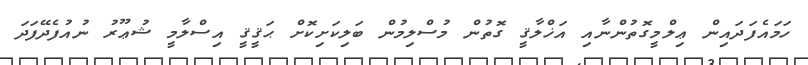
ހަމައެފަދައިން ޢިލްމީގޮތުންނާއި އަޚްލާޤީ ގޮތުން މުސްލިމުން ބަލިކަށިކޮށް ޙަޤީޤީ އިސްލާމީ ޝުޢޫރު ނުއުފެދޭފަދަ